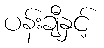
ပန်းချီနှင့်